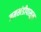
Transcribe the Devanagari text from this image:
जमखंडीपासून